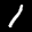
Label: 1